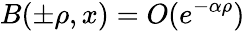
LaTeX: B(\pm\rho,x)=O(e^{-\alpha\rho})